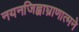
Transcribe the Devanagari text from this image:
नयनजिह्वाघ्राणात्मने